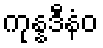
ကုန္နဒီနံဝ